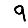
Digit: 9